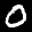
Label: 0